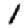
Digit: 1